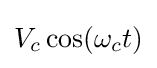
V_{c}\cos(\omega _{c}t)